Report of the Imperial Institute of Veterinary Research, Muktesar
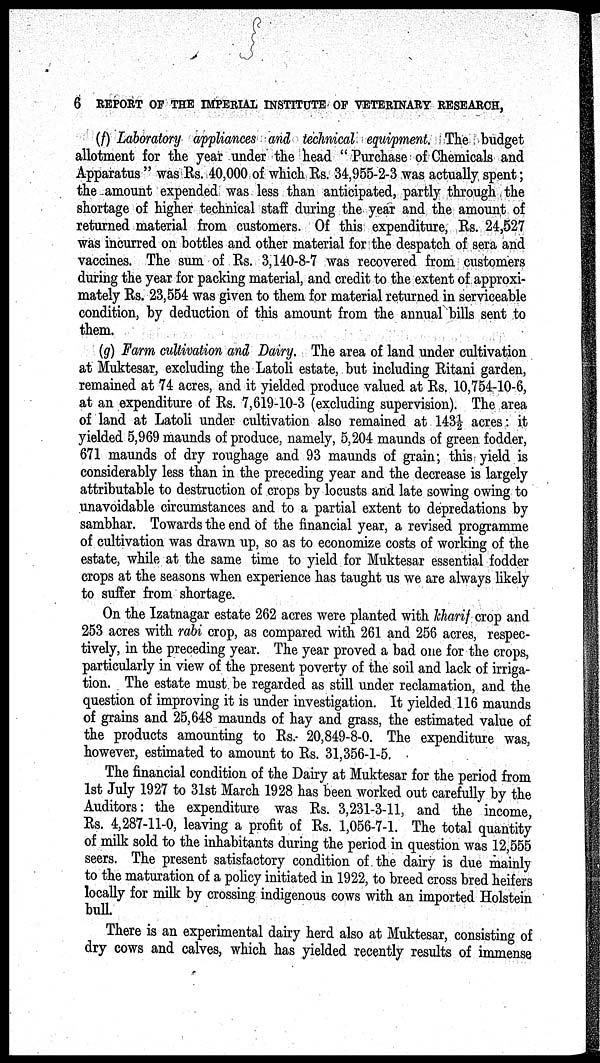
6 REPORT OF THE IMPERIAL INSTITUTE OF VETERINARY RESEARCH,
(f) Laboratory appliances and technical equipment. The budget
allotment for the year under the head "Purchase of Chemicals and
Apparatus " was Rs. 40,000 of which Rs. 34,955-2-3 was actually spent;
the amount expended was less than anticipated, partly through the
shortage of higher technical staff during the year and the amount of
returned material from customers. Of this expenditure, Rs. 24,527
was incurred on bottles and other material for the despatch of sera and
vaccines. The sum of Rs. 3,140-8-7 was recovered from customers
during the year for packing material, and credit to the extent of approxi-
mately Rs. 23,554 was given to them for material returned in serviceable
condition, by deduction of this amount from the annual bills sent to
them.
(g) Farm cultivation and Dairy. The area of land under cultivation
at Muktesar, excluding the Latoli estate, but including Ritani garden,
remained at 74 acres, and it yielded produce valued at Rs. 10,754-10-6,
at an expenditure of Rs. 7,619-10-3 (excluding supervision). The area
of land at Latoli under cultivation also remained at 143½ acres: it
yielded 5,969 maunds of produce, namely, 5,204 maunds of green fodder,
671 maunds of dry roughage and 93 maunds of grain; this yield is
considerably less than in the preceding year and the decrease is largely
attributable to destruction of crops by locusts and late sowing owing to
unavoidable circumstances and to a partial extent to depredations by
sambhar. Towards the end of the financial year, a revised programme
of cultivation was drawn up, so as to economize costs of working of the
estate, while at the same time to yield for Muktesar essential fodder
crops at the seasons when experience has taught us we are always likely
to suffer from shortage.
On the Izatnagar estate 262 acres were planted with kharif crop and
253 acres with rabi crop, as compared with 261 and 256 acres, respec-
tively, in the preceding year. The year proved a bad one for the crops,
particularly in view of the present poverty of the soil and lack of irriga-
tion. The estate must be regarded as still under reclamation, and the
question of improving it is under investigation. It yielded 116 maunds
of grains and 25,648 maunds of hay and grass, the estimated value of
the products amounting to Rs. 20,849-8-0. The expenditure was,
however, estimated to amount to Rs. 31,356-1-5.
The financial condition of the Dairy at Muktesar for the period from
1st July 1927 to 31st March 1928 has been worked out carefully by the
Auditors: the expenditure was Rs. 3,231-3-11, and the income,
Rs. 4,287-11-0, leaving a profit of Rs. 1,056-7-1. The total quantity
of milk sold to the inhabitants during the period in question was 12,555
seers. The present satisfactory condition of the dairy is due mainly
to the maturation of a policy initiated in 1922, to breed cross bred heifers
locally for milk by crossing indigenous cows with an imported Holstein
bull.
There is an experimental dairy herd also at Muktesar, consisting of
dry cows and calves, which has yielded recently results of immense